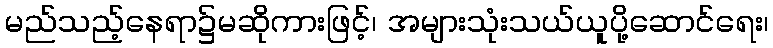
မည်သည့်နေရာ၌မဆိုကားဖြင့်၊ အများသုံးသယ်ယူပို့ဆောင်ရေး၊